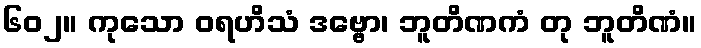
၆၀၂။ ကုသော ဝရဟိသံ ဒဗ္ဗော၊ ဘူတိဏကံ တု ဘူတိဏံ။